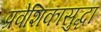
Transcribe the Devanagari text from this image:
प्रवेशिकासुद्धा